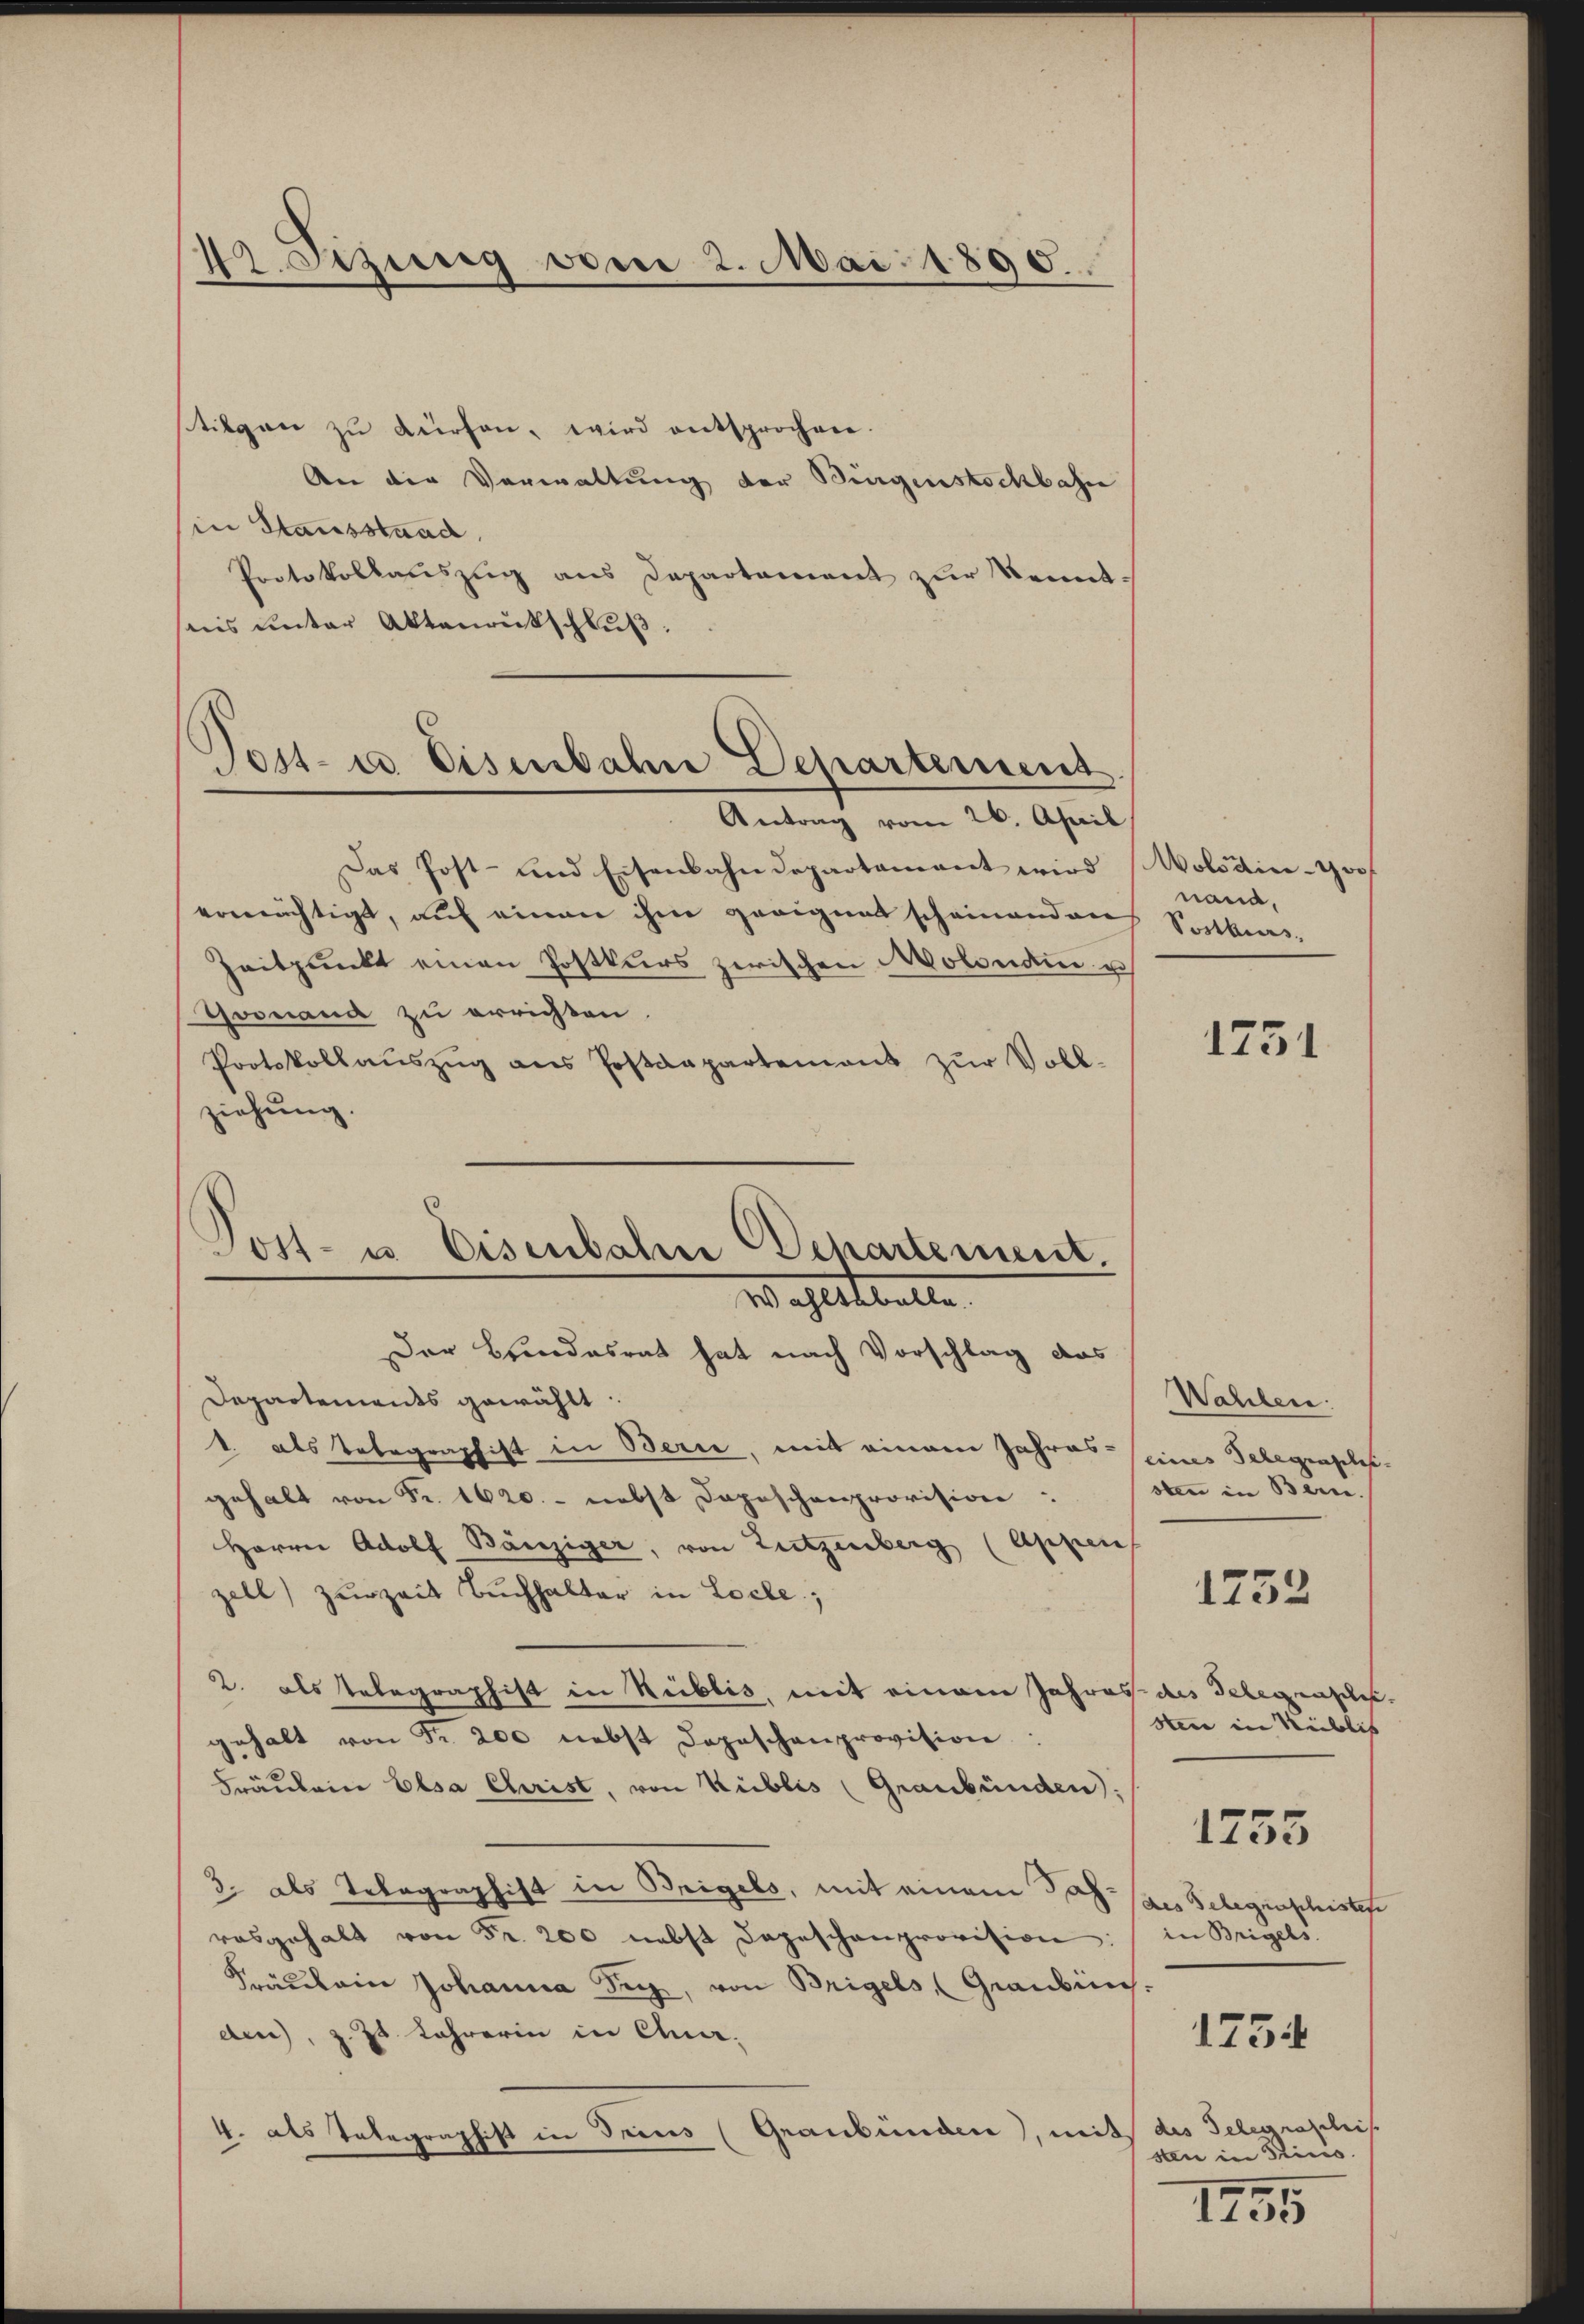
1 Sizung vom 2. Mai 1890.

stiegen zŭ dürfen, wird entsprochen.
An der Verwaltung der Bürgenstockbahn
in Stausstaad,
Protokollauszug aus Departement zur Kenntsuis unter Aktenrutschluß:
Das Post- und Eisenbahndepartament wird Wolsain-Goss
ermächtigt, auf einen ihm geeignet scheinenden Sekurs¬
Zeitpunkt einen Postkurs zwischen Molondin u
Toonana zu errichten.
Protokollaŭszŭg ans Postdepartement zŭr Voll-
ziehung.
Der Bundesrat hat nach Vorschlag das
Departements gewählt:
1. als Telegraphist in Berie, mit einem Jahres eines Telegenscheigehalt von Fr. 1620.- nebst Depeschenprovision:
Harrer Adolf Bänziger, von Zutzenberg (Appen
zell zurzeit Buchhalter in Locle;
2. als Telegraphist in Reiblis, mit einem Jahres des Telegenschli
gehalt von Fr. 200 nebst dopeschenprovision:
Fräulein Elsa Christ, von Kublis (Graubünden;
3. als Telegraphist in Beigels, mit einem Joh. Can Belegenschistes
rosgehalt von Fr. 200 nebst dageschenprovision:
Fräŭlein Johanna See, von Brigels (Grauben.
den), z. Zt. Lehrerin in Quar¬
4. als Telegraphist in Trius (Graubünden), mit des Telegraphis

Tost- u Eisenbahne Departement
Antrag vom 26. April

Post- u. Eisenbahn Departement.
 ehlittelte

nand,

1751

Wahlen:
sten in Bern.
Stern in Neiblis
1255
in Bregels
1754
sten in Kino.

1752

1755